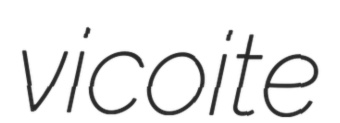
vicoite